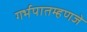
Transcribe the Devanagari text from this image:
गर्भपातम्हणजे